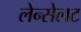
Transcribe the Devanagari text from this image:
लेन्सेलट